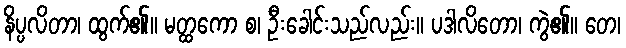
နိပ္ပလိတာ၊ ထွက်၏။ မတ္ထကော စ၊ ဦးခေါင်းသည်လည်း။ ပဒါလိတော၊ ကွဲ၏။ တေ၊